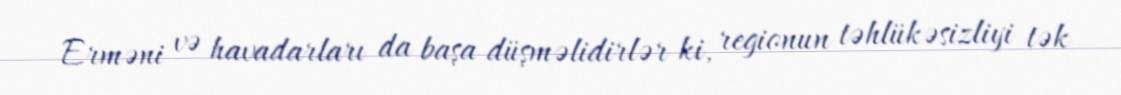
Erməni və havadarları da başa düşməlidirlər ki, regionun təhlükəsizliyi tək